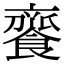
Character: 𩝦